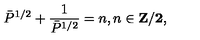
\bar { P } ^ { 1 / 2 } + \frac { 1 } { \bar { P } ^ { 1 / 2 } } = n , n \in \bf { Z } / 2 ,